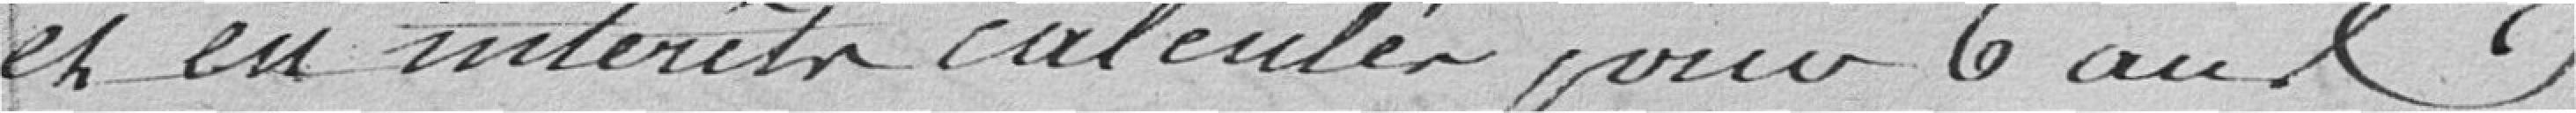
et en intérêts calculés pour 6 ans